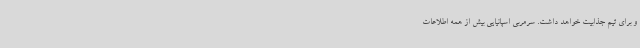
و برای تیم جذابیت خواهد داشت. سرمربی اسپانیایی بیش از همه اطلاعات